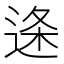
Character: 𮞓